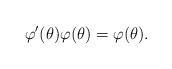
LaTeX: \begin{align*}\varphi'(\theta)\varphi(\theta)=\varphi(\theta).\end{align*}